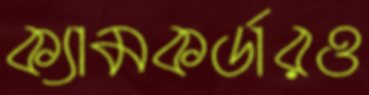
ক্যামকর্ডারও